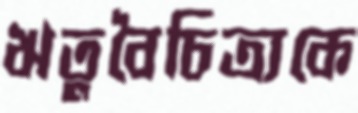
ঋতুবৈচিত্র্যকে